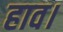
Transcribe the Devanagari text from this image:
हाव।